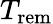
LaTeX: T_{\mathrm{rem}}